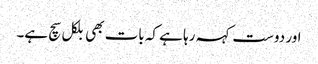
اور دوست کہہ رہا ہے کہ بات بھی بلکل سچ ہے۔